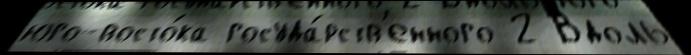
юго-восто́ка госуда́рств'енного 2 Вдоль